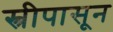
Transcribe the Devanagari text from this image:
स्त्रीपासून